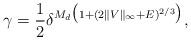
LaTeX: \begin{align*} \gamma = \frac{1}{2} \delta^{M_d \bigl(1 + (2\lVert V \rVert_\infty + E)^{2/3}\bigr)} ,\end{align*}